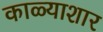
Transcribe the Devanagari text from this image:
काळ्याशार